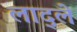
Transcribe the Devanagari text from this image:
लाद्ले